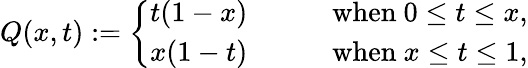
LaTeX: Q(x,t):=\left\{ \begin{array}{ll}{{t(1-x)}}&{{\qquad\mathrm{when~}0\le t\le x,}}\\ {{x(1-t)}}&{{\qquad\mathrm{when~}x\le t\le 1,}}\end{array}\right.